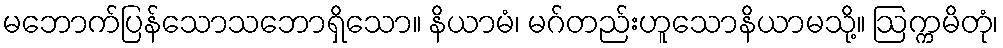
မဘောက်ပြန်သောသဘောရှိသော။ နိယာမံ၊ မဂ်တည်းဟူသောနိယာမသို့။ ဩက္ကမိတုံ၊